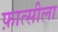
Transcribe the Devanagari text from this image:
फ़ात्सीला